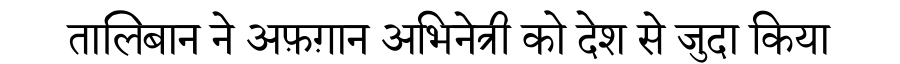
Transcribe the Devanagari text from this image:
तालिबान ने अफ़ग़ान अभिनेत्री को देश से जुदा किया